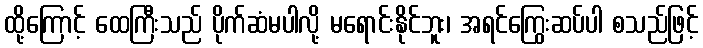
ထို့ကြောင့် ထေကြီးသည် ပိုက်ဆံမပါလို့ မရောင်းနိုင်ဘူး၊ အရင်ကြွေးဆပ်ပါ စသည်ဖြင့်